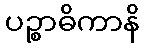
ပဉ္စာဓိကာနိ